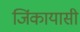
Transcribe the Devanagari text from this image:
जिंकायासी